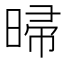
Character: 㫶